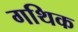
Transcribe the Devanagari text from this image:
गथिक